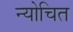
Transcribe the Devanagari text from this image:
न्योचित